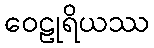
ဝေဠုရိယဿ